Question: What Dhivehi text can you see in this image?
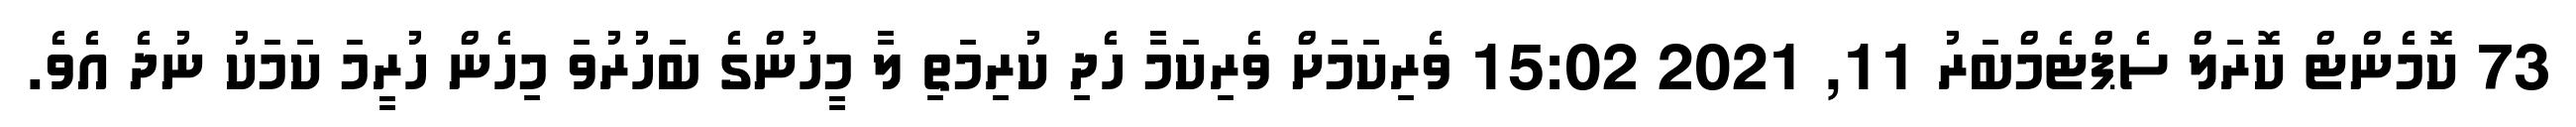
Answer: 73 ކޮމެންޓް ކޮރަލް ސެޕްޓެމްބަރު 11, 2021 15:02 ވެރިކަމަށް ވެރިކަމާ ހެދި ކުރިމަތި ލާ މީހުންގެ ބަހުރުވަ މިހެން ހުރީމަ ކަމަކު ނުދެ އެވެ.